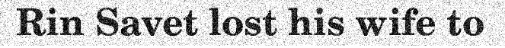
Rin Savet lost his wife to